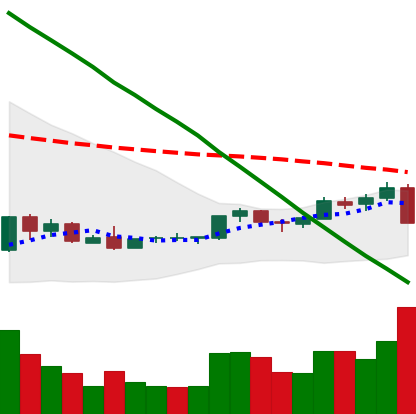
Ticker: NEO-USD
Chart end date: 2018-09-05
Forward return: -5.935%
Label: down_5_7